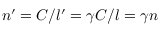
n ^ { \prime } = C / l ^ { \prime } = \gamma C / l = \gamma n